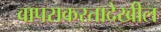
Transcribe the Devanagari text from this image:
वापराकरतादेखील